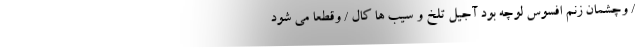
/ وچشمان زنم افسوس لوچه بود آجیل تلخ و سیب ها کال / وقطعاً می شود